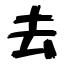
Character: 去